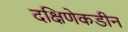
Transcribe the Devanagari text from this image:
दक्षिणेकडीन